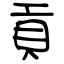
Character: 貢